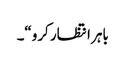
باہر انتظار کرو“۔